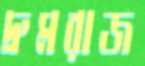
দ্রুমরাজ